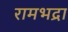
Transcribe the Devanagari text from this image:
रामभद्रा